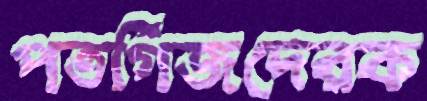
পতর্গিজদেরক